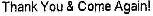
THANK YOU & COME AGAIN!